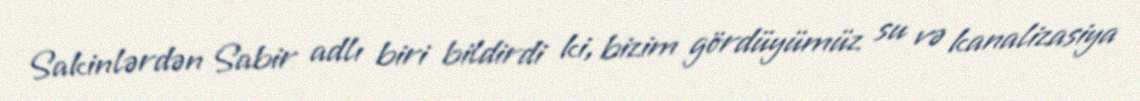
Sakinlərdən Sabir adlı biri bildirdi ki, bizim gördüyümüz su və kanalizasiya